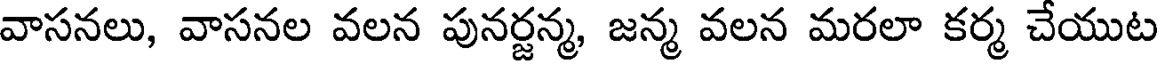
వాసనలు, వాసనల వలన పునర్జన్మ, జన్మ వలన మరలా కర్మ చేయుట